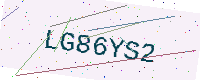
Text: LG86YS2